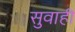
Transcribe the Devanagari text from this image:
सुवाही